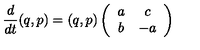
\frac { d } { d t } ( q , p ) = ( q , p ) \left( \begin{array} { c c } { a } & { c } \\ { b } & { - a } \\ \end{array} \right)